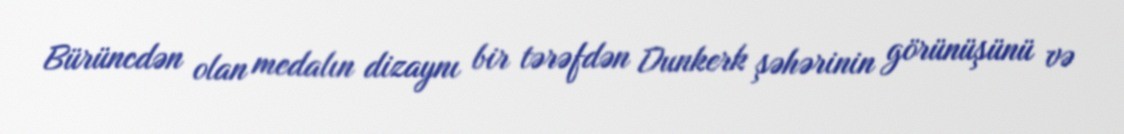
Bürüncdən olan medalın dizaynı bir tərəfdən Dunkerk şəhərinin görünüşünü və